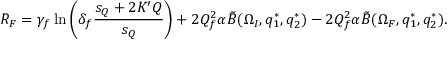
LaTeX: R _ { F } = \gamma _ { f } \ln \left( \delta _ { f } { \frac { s _ { Q } + 2 K ^ { \prime } Q } { s _ { Q } } } \right) + 2 Q _ { f } ^ { 2 } \alpha \tilde { B } ( \Omega _ { I } , q _ { 1 } ^ { * } , q _ { 2 } ^ { * } ) - 2 Q _ { f } ^ { 2 } \alpha \tilde { B } ( \Omega _ { F } , q _ { 1 } ^ { * } , q _ { 2 } ^ { * } ) .